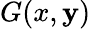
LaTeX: G(x,\mathbf{y})